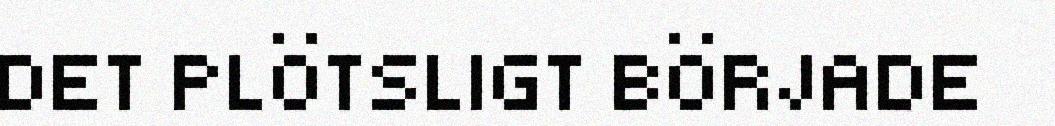
DET PLÖTSLIGT BÖRJADE